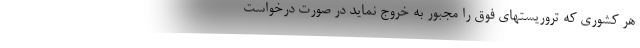
هر کشوری که تروریستهای فوق را مجبور به خروج نماید در صورت درخواست